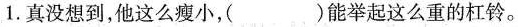
1.真没想到，他这么瘦小，( )能举起这么重的杠铃。